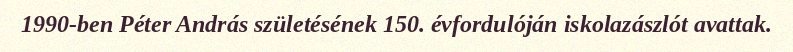
1990-ben Péter András születésének 150. évfordulóján iskolazászlót avattak.